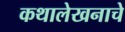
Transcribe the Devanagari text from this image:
कथालेखनाचे